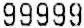
99999